Civil Veterinary Dept. Bombay admin report 1932-41 - 1932-1941
Year: 1932
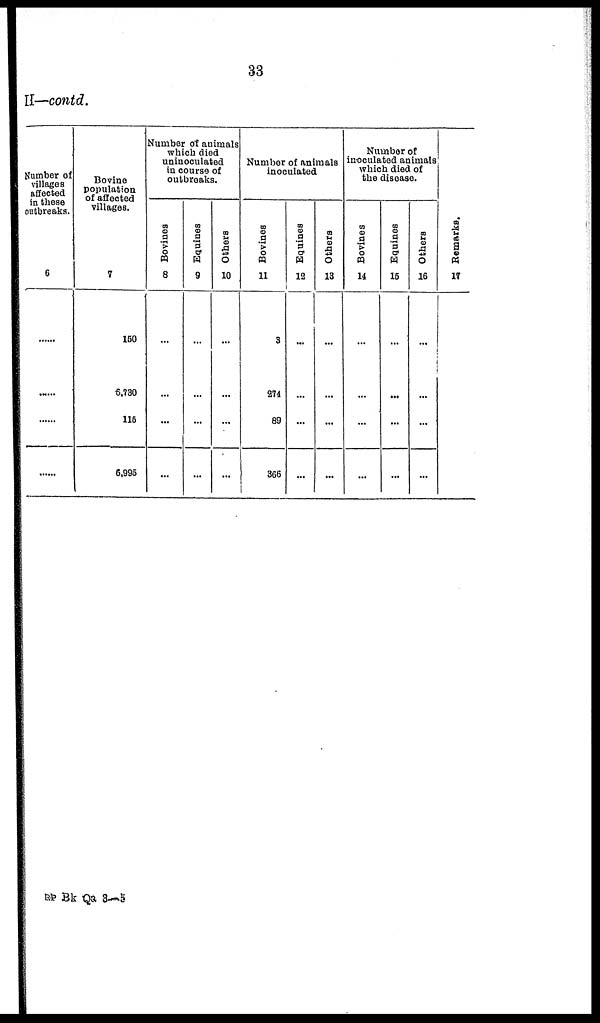
33
II—contd.
Number of
villages
affected
in these
outbreaks.
6
......
......
......
......
Bovine
population
of affected
villages.
7
150
6,730
115
6,995
Number of animals
which died
uninoculated
in course of
outbreaks.
Bovines
8
...
...
...
...
Equines
9
...
...
...
...
Others
10
...
...
...
...
Number of animals
inoculated
Bovines
11
3
274
89
366
Equines
12
...
...
...
...
Others
13
...
...
...
...
Number of
inoculated animals
which died of
the disease.
Bovines
14
...
...
...
...
Equines
15
...
...
...
...
Others
16
...
...
...
...
Remarks.
17
RP BK Qa 3—5